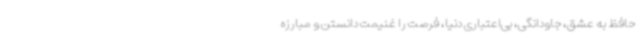
حافظ به عشق، جاودانگی، بی‌اعتباری دنیا، فرصت را غنیمت دانستن و مبارزه